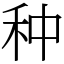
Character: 种